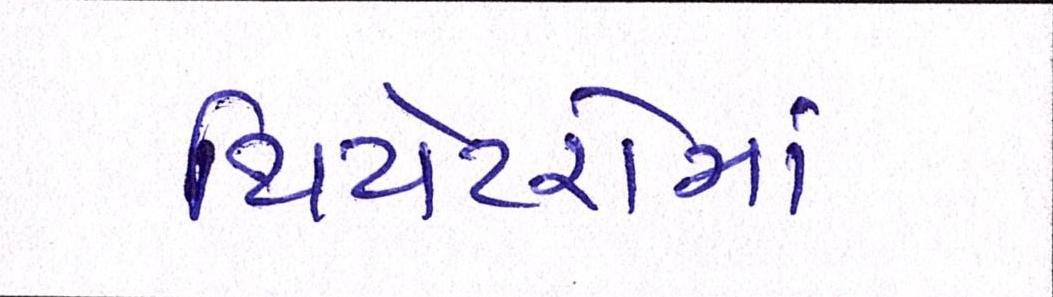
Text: થિયેટરોમાં